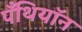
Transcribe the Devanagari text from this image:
पँथियॉन